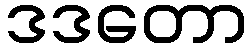
ဒဒတော